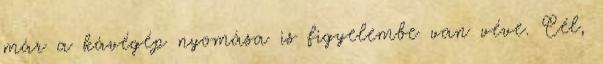
már a kávégép nyomása is figyelembe van véve. Cél,